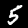
Digit: 5